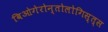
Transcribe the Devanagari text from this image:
बिओगेरोन्तोलोगिस्त्स